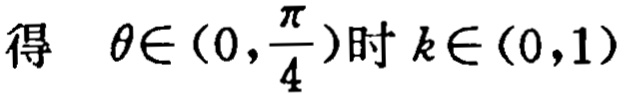
得 \(\theta\in(0,\frac{\pi}{4})\)时 \(k\in(0,1)\)